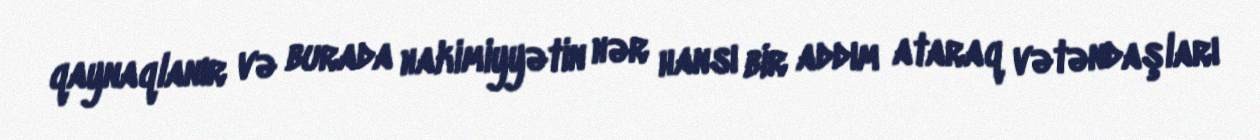
qaynaqlanır və burada hakimiyyətin hər hansı bir addım ataraq vətəndaşları